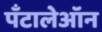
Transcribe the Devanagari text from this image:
पँटालेऑन